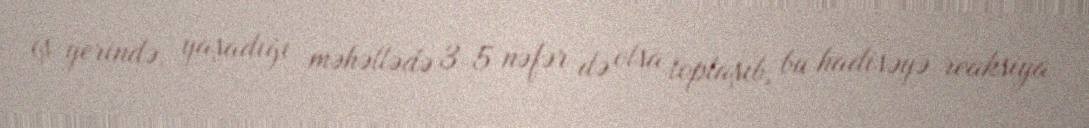
iş yerində, yaşadığı məhəllədə 3-5 nəfər də olsa toplaşıb, bu hadisəyə reaksiya